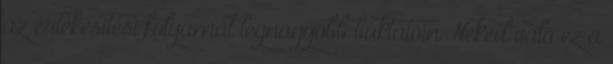
az értékesítési folyamat legnagyobb buktatóin Neked való ez a